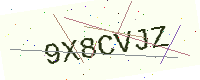
Text: 9X8CVJZ